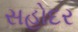
સહોદર